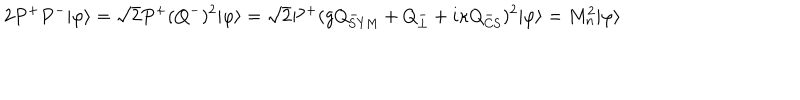
2 P ^ { + } P ^ { - } | \varphi \rangle = \sqrt { 2 } P ^ { + } ( Q ^ { - } ) ^ { 2 } | \varphi \rangle = \sqrt { 2 } P ^ { + } ( g Q _ { \mathrm { S Y M } } ^ { - } + Q _ { \perp } ^ { - } + i \kappa Q _ { \mathrm { C S } } ^ { - } ) ^ { 2 } | \varphi \rangle = M _ { n } ^ { 2 } | \varphi \rangle